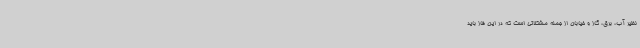
نظیر آب، برق، گاز و خیابان از جمله مشکلاتی است که در این فاز باید